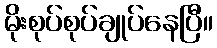
မိုးစုပ်စုပ်ချုပ်နေပြီ။